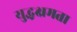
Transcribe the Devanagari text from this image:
युद्धक्षमता